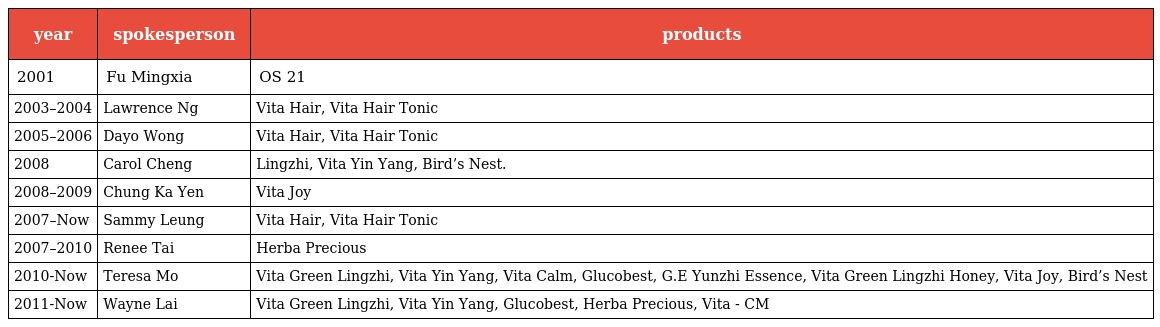
| year | spokesperson | products |
 | --- | --- | --- |
 | 2001 | Fu Mingxia | OS 21 |
 | 2003–2004 | Lawrence Ng | Vita Hair, Vita Hair Tonic |
 | 2005–2006 | Dayo Wong | Vita Hair, Vita Hair Tonic |
 | 2008 | Carol Cheng | Lingzhi, Vita Yin Yang, Bird’s Nest. |
 | 2008–2009 | Chung Ka Yen | Vita Joy |
 | 2007–Now | Sammy Leung | Vita Hair, Vita Hair Tonic |
 | 2007–2010 | Renee Tai | Herba Precious |
 | 2010-Now | Teresa Mo | Vita Green Lingzhi, Vita Yin Yang, Vita Calm, Glucobest, G.E Yunzhi Essence, Vita Green Lingzhi Honey, Vita Joy, Bird’s Nest |
 | 2011-Now | Wayne Lai | Vita Green Lingzhi, Vita Yin Yang, Glucobest, Herba Precious, Vita - CM |